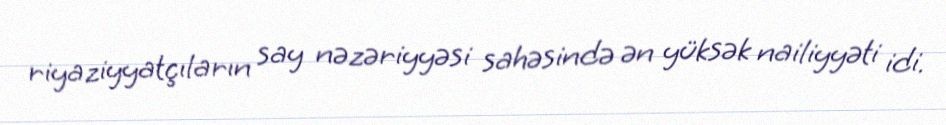
riyaziyyatçıların say nəzəriyyəsi sahəsində ən yüksək nailiyyəti idi.